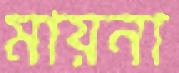
মায়না